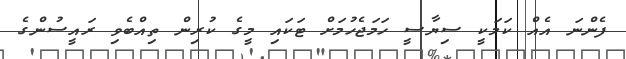
ފެންނަ އެއް ކަމަކީ ސިޔާސީ ހަމަޖެހުމަށް ޓަކައި މީގެ ކުރިން ތިއްބެވި ރައީސުންގެ